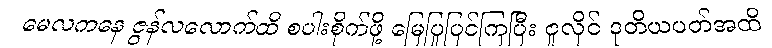
မေလကနေ ဇွန်လလောက်ထိ စပါးစိုက်ဖို့ မြေပြုပြင်ကြပြီး ဇူလိုင် ဒုတိယပတ်အထိ